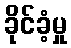
ခိုင်ခံ့မှု